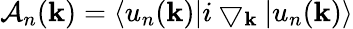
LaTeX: \mathcal{A}_{n}(\mathbf{k})=\langle u_{n}(\mathbf{k})|i\bigtriangledown_{\mathbf{k}}|u_{n}(\mathbf{k})\rangle